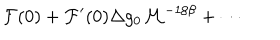
LaTeX: { \cal F } ( 0 ) + { \cal F } ^ { \prime } ( 0 ) \Delta g _ { 0 } { \cal M } ^ { - 1 / \beta } + \cdots